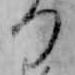
つ